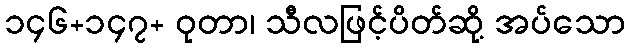
၁၄၆+၁၄၇+ ဝုတာ၊ သီလဖြင့်ပိတ်ဆို့ အပ်သော